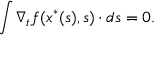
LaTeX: \int \nabla _ { t } f ( x ^ { \ast } ( s ) , s ) \cdot d s = 0 .